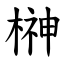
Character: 榊